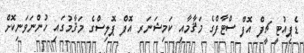
ޑެޕިއުޓީ ޗީފް އޮފް ސްޓާފްގެ މަޤާމާއި ކަމިޝަނަރ އޮފް ޕޮލިސްގެ މަޤާމުގައި ހުންނަވަނިކޮށް